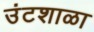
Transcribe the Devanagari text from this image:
उंटशाळा